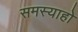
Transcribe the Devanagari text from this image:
समस्याहो